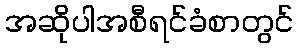
အဆိုပါအစီရင်ခံစာတွင်